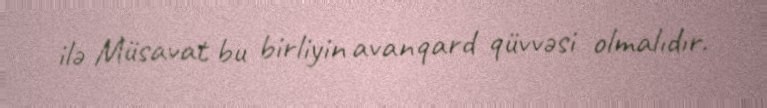
ilə Müsavat bu birliyin avanqard qüvvəsi olmalıdır.